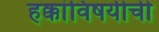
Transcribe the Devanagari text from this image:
हक्कांविषयीची